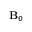
{ \bf { B } } _ { 0 }